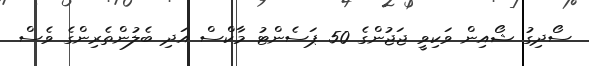
ސޯދިގު ޝޯއިން ވަކިވީ ޖަޖުންގެ 50 ޕަސެންޓު މާކްސް އަދި ބެލުންތެރިންގެ ވެސް